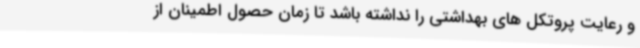
و رعایت پروتکل های بهداشتی را نداشته باشد تا زمان حصول اطمینان از